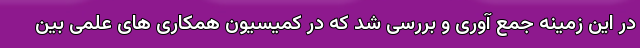
در این زمینه جمع آوری و بررسی شد که در کمیسیون همکاری ‌های علمی بین